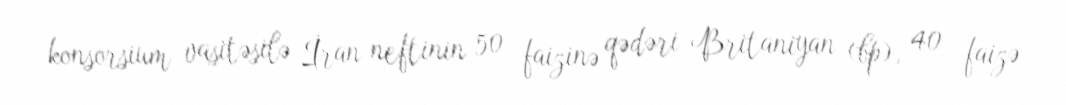
konsorsium vasitəsilə İran neftinin 50 faizinə qədəri Britaniyan (bp), 40 faizə